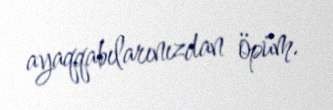
ayaqqabılarınızdan öpüm.